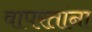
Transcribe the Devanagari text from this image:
वापरतांना